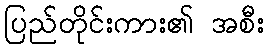
ပြည်တိုင်းကား၏ အစီး